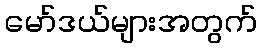
မော်ဒယ်များအတွက်